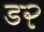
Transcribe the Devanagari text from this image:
ड२